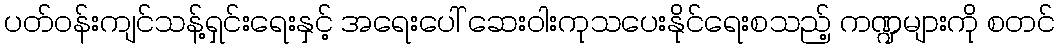
ပတ်ဝန်းကျင်သန့်ရှင်းရေးနှင့် အရေးပေါ် ဆေးဝါးကုသပေးနိုင်ရေးစသည့် ကဏ္ဍများကို စတင်